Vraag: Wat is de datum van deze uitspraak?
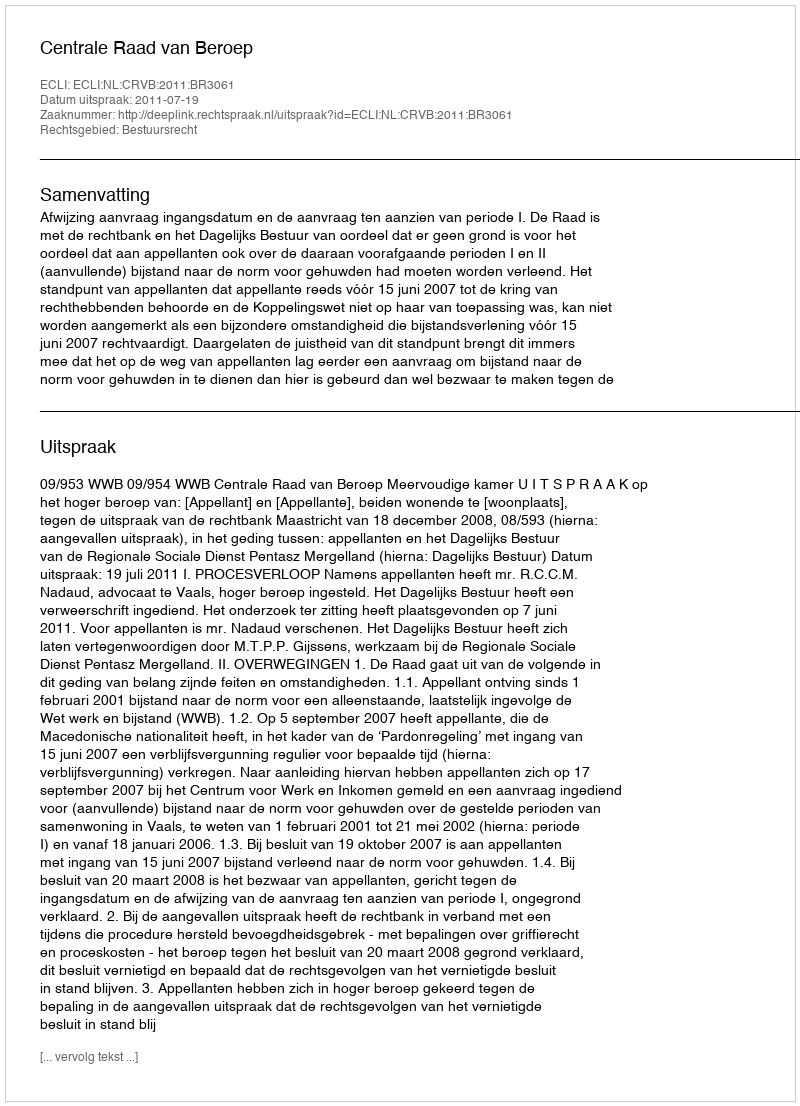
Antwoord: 2011-07-19